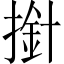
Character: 𢲥